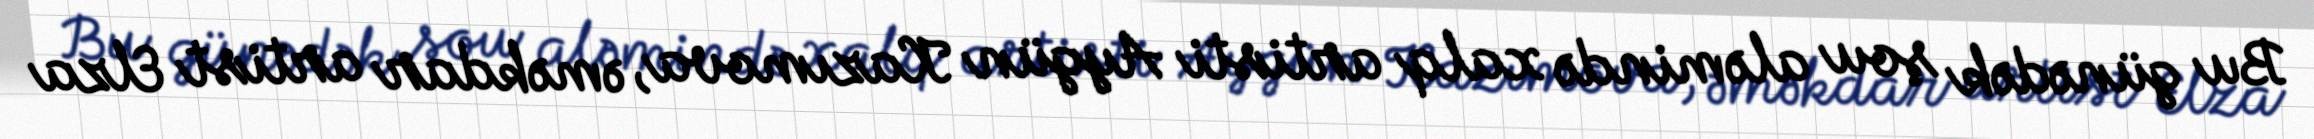
Bu günədək şou aləmində xalq artisti Aygün Kazımova, əməkdar artist Elza